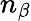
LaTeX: n_{\beta}